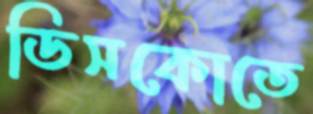
ডিসকোতে